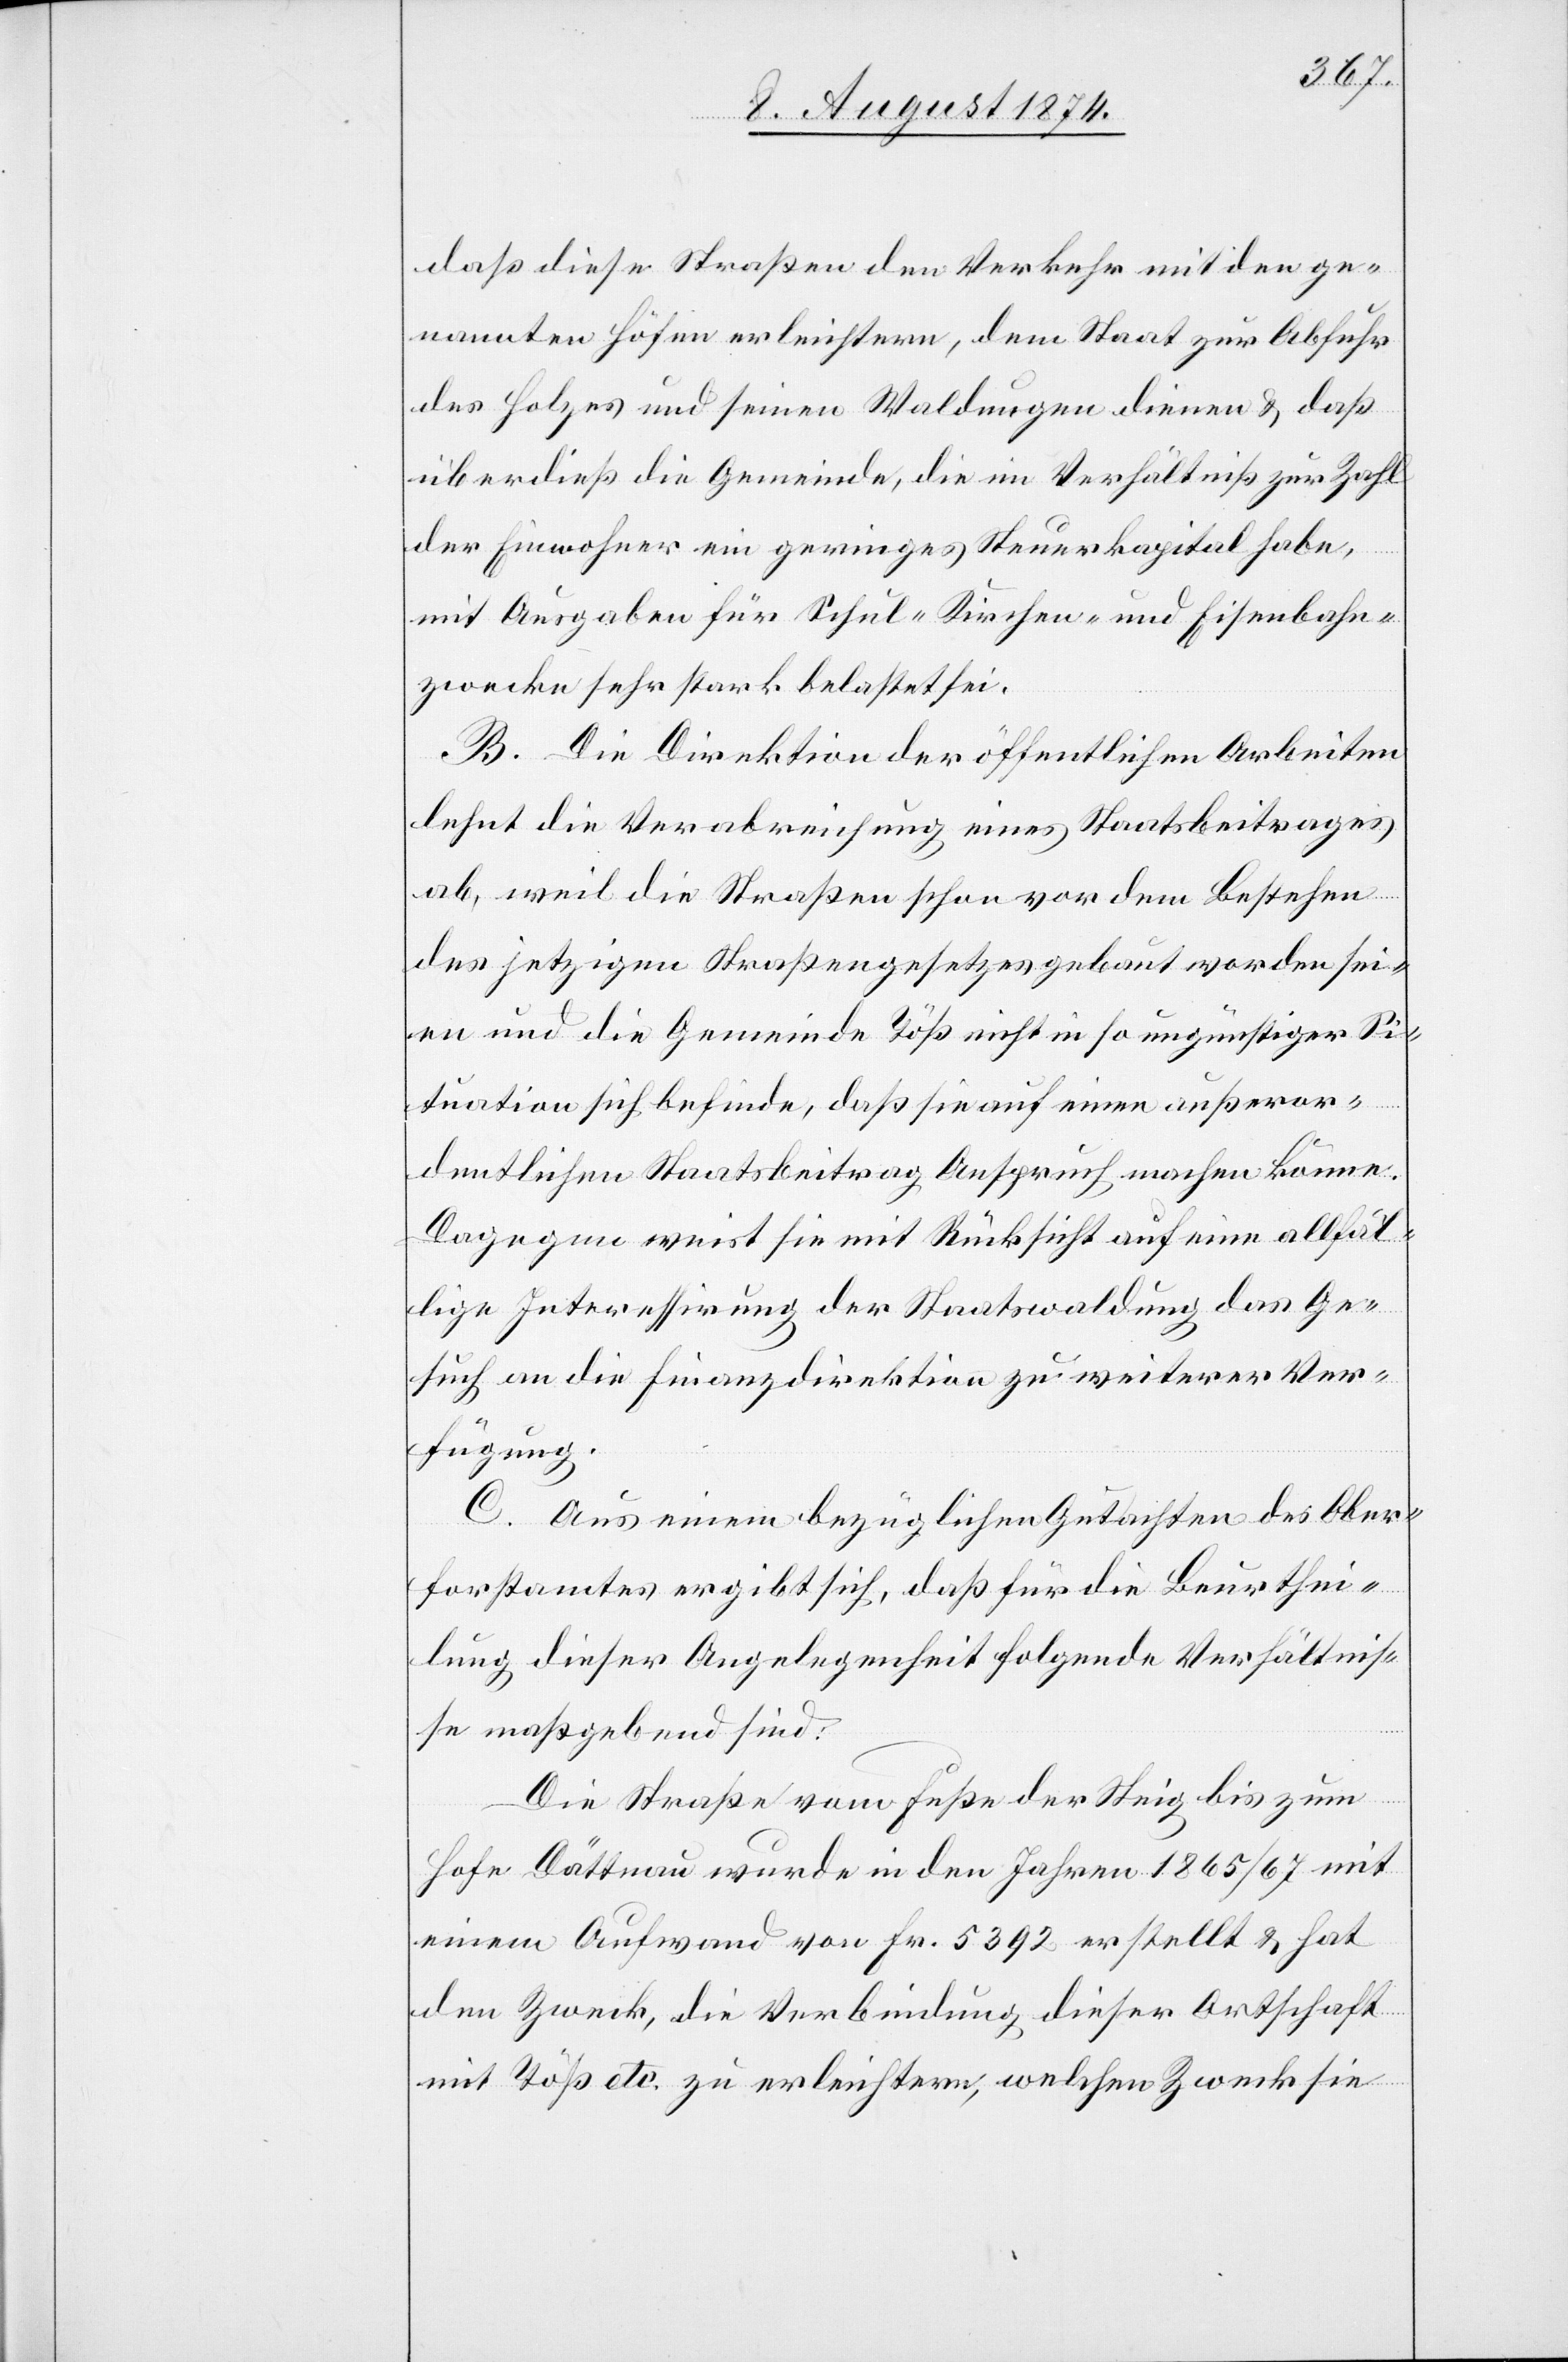
daß diese Straßen den Verkehr mit den ge¬
nannten Höfen erleichtern, dem Staat zur Abfuhr
des Holzes und seinen Waldungen dienen u. daß
überdieß die Gemeinde, die im Verhältniß zur Zahl
der Einwohner ein geringes Steuerkapital habe,
mit Ausgaben für Schul- und Kirchen- und Eisenbahn¬
zwecke sehr stark belastet sei.
B. Die Direktion der öffentlichen Arbeiten
lehnt die Verabreichung eines Staatsbeitrages
ab, weil die Straßen schon vor dem Bestehen
des jetzigen Straßengesetzes gebaut worden sei¬
en und die Gemeinde Töß nicht in so ungünstiger Si¬
tuation sich befinde, daß sie auf einen außeror¬
dentlichen Staatsbeitrag Anspruch machen könne.
Dagegen weist sie mit Rücksicht auf eine allfäl¬
lige Interessirung der Staatswaldung das Ge¬
such an die Finanzdirektion zu weiterer Ver¬
fügung.
C. Aus einem bezüglichen Gutachten des Ober¬
forstamtes ergibt sich, daß für die Beurthei¬
lung dieser Angelegenheit folgende Verhältnis¬
se maßgebend sind:
Die Straße vom Fuße der Steig bis zum
Hofe Dättnau wurde in den Jahren 1865/67 mit
einem Aufwand von Fr. 5392 erstellt u. hat
den Zweck, die Verbindung dieser Ortschaft
mit Töß etc. zu erleichtern, welchen Zweck sie